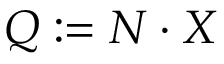
Q : = N \cdot X